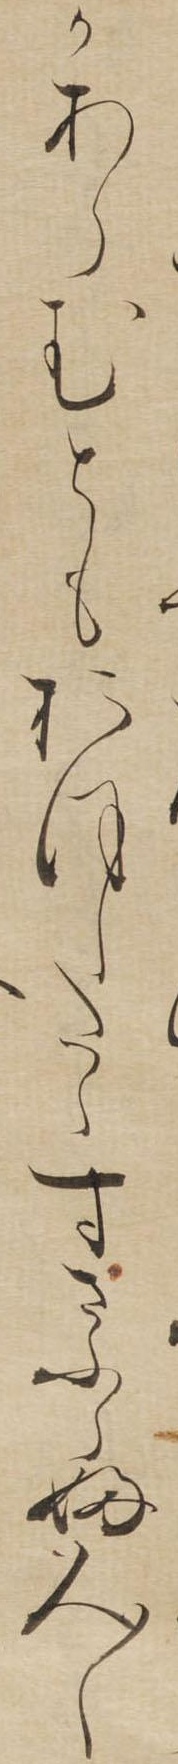
かあらむともおほしたらすさふらふ人〱